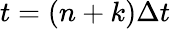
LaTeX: t=(n+k)\Delta t